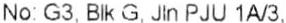
NO: G3, BLK G, JLN PJU 1A/3,